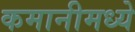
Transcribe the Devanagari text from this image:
कमानीमध्ये